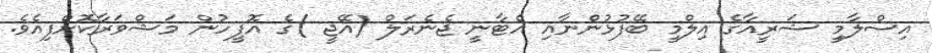
އިސްލާމީ ޝަރީއާގެ އިލްމީ ބޭފުޅުންނާއި އެޓާނީ ޖެނެރަލް (އޭޖީ )ގެ އޮފީހުން މަޝްވަރާކޮށްފިއެވެ.